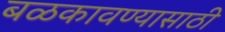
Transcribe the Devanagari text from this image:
बळकावण्यासाठी